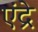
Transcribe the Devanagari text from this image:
एंद्रे